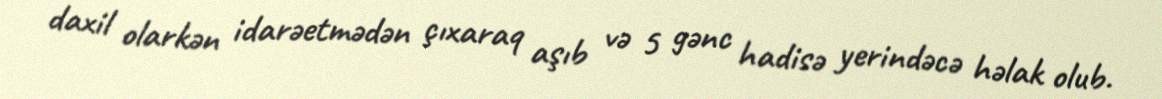
daxil olarkən idarəetmədən çıxaraq aşıb və 5 gənc hadisə yerindəcə həlak olub.